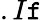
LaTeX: .I\mathtt{f}